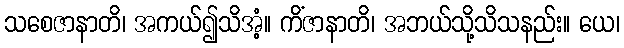
သစေဇာနာတိ၊ အကယ်၍သိအံ့။ ကိံဇာနာတိ၊ အဘယ်သို့သိသနည်း။ ယေ၊